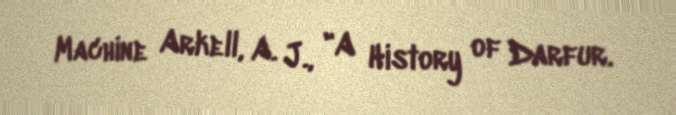
Machine Arkell, A. J., "A History of Darfur.